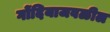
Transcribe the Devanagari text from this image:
गोंदियाजवळील